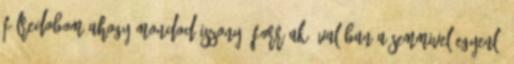
félredobom ahogy mondod iszonyú forróak, valóban a semmivel egyenlő